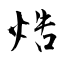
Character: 焅